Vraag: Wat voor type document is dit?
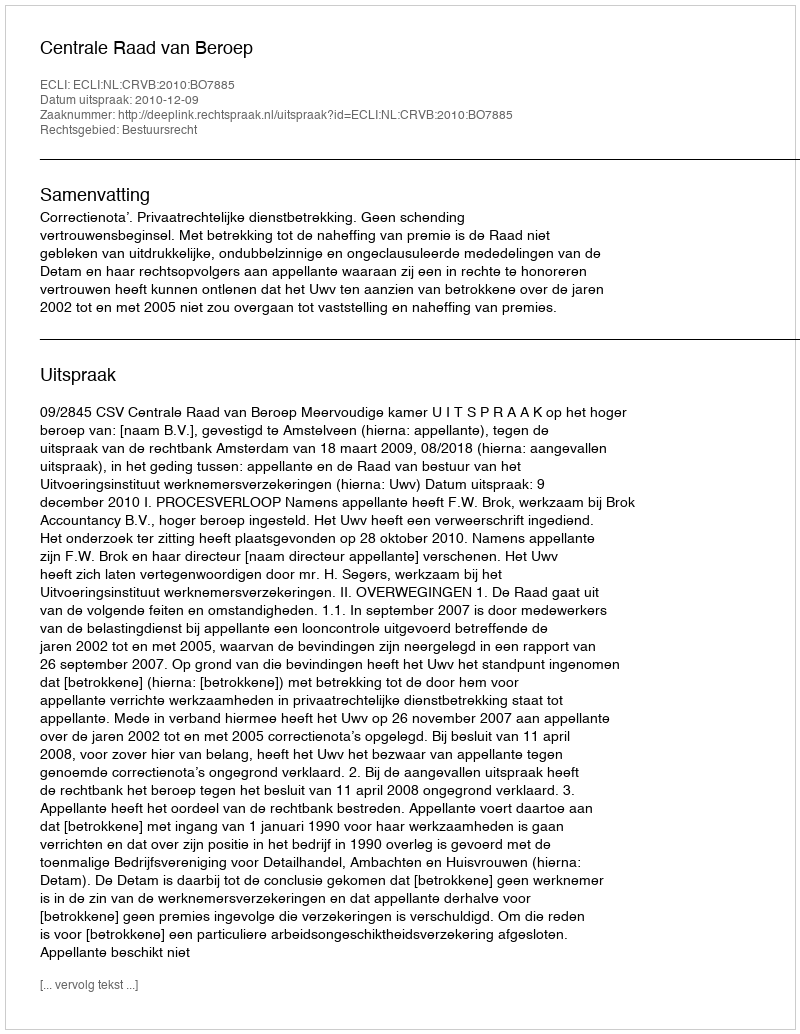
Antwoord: Uitspraak